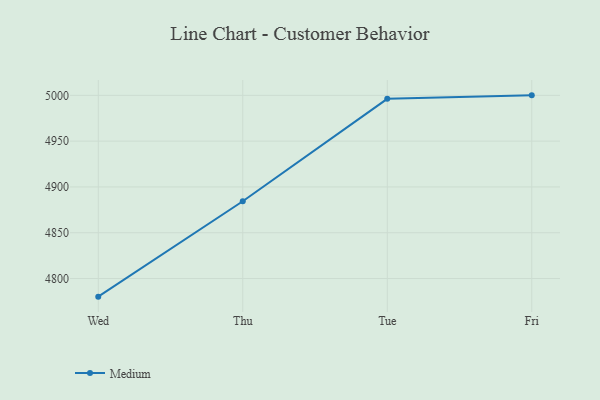
{"axis": {"x": "Day", "y": "Inventory Turnover"}, "legend": ["Medium"], "data": [{"x": "Wed", "y": 4780.2, "type": "Medium"}, {"x": "Thu", "y": 4884.4, "type": "Medium"}, {"x": "Tue", "y": 4996.2, "type": "Medium"}, {"x": "Fri", "y": 5000, "type": "Medium"}]}